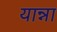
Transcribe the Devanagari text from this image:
यान्ना